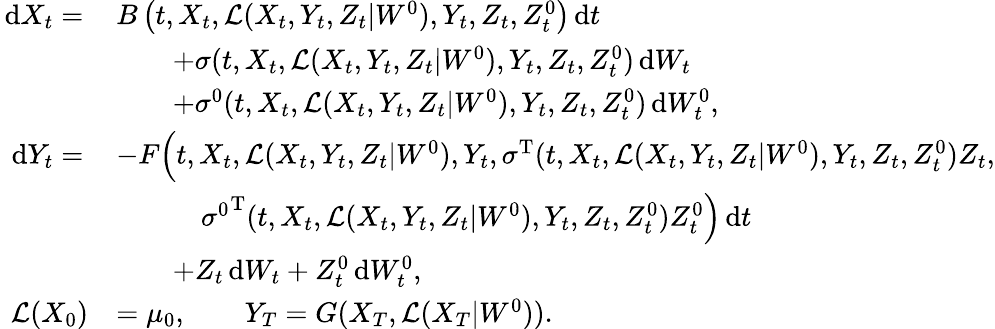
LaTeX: \begin{array}{rl}{\, \mathrm{d}X_{t}=\, }&{B\left(t,X_{t},\mathcal{L}(X_{t},Y_{t},Z_{t}|W^{0}),Y_{t},Z_{t},Z_{t}^{0}\right)\, \mathrm{d}t}\\ &{\qquad+\sigma(t,X_{t},\mathcal{L}(X_{t},Y_{t},Z_{t}|W^{0}),Y_{t},Z_{t},Z_{t}^{0})\, \mathrm{d}W_{t}}\\ &{\qquad+\sigma^{0}(t,X_{t},\mathcal{L}(X_{t},Y_{t},Z_{t}|W^{0}),Y_{t},Z_{t},Z_{t}^{0})\, \mathrm{d}W_{t}^{0},}\\ {\, \mathrm{d}Y_{t}=\, }&{-F\Big(t,X_{t},\mathcal{L}(X_{t},Y_{t},Z_{t}|W^{0}),Y_{t},\sigma^{\operatorname{T}}(t,X_{t},\mathcal{L}(X_{t},Y_{t},Z_{t}|W^{0}),Y_{t},Z_{t},Z_{t}^{0})Z_{t},}\\ &{\quad\qquad{\sigma^{0}}^{\operatorname{T}}(t,X_{t},\mathcal{L}(X_{t},Y_{t},Z_{t}|W^{0}),Y_{t},Z_{t},Z_{t}^{0})Z_{t}^{0}\Big)\, \mathrm{d}t}\\ &{\qquad+Z_{t}\, \mathrm{d}W_{t}+Z_{t}^{0}\, \mathrm{d}W_{t}^{0},}\\ {\mathcal{L}(X_{0})}&{=\mu_{0},\qquad Y_{T}=G(X_{T},\mathcal{L}(X_{T}|W^{0})).}\end{array}